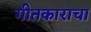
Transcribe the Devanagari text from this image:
गीतकाराचा